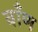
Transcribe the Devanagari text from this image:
वाँण